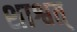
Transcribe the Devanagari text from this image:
शाश्वत्‌